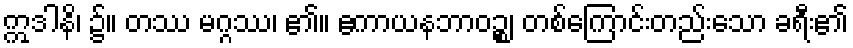
ဣဒါနိ၊ ၌။ တဿ မဂ္ဂဿ၊ ၏။ ဧကာယနဘာဝဉ္စ၊ တစ်ကြောင်းတည်းသော ခရီး၏